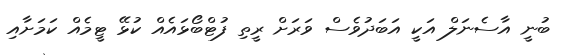
ބުނީ އާސެނަލް އަކީ އަބަދުވެސް ވަރަށް ރީތި ފުޓްބޯޅައެއް ކުޅޭ ޓީމެއް ކަމަށާއި